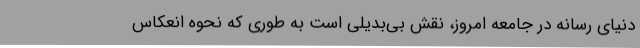
دنیای رسانه در جامعه امروز، نقش بی‌بدیلی است به طوری که نحوه انعکاس